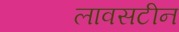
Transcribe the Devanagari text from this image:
लावसटीन